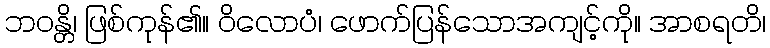
ဘဝန္တိ၊ ဖြစ်ကုန်၏။ ဝိလောပံ၊ ဖောက်ပြန်သောအကျင့်ကို။ အာစရတိ၊